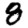
Digit: 8